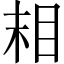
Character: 𬑉